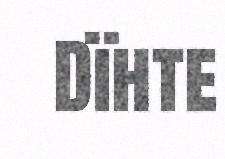
Dïhte